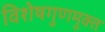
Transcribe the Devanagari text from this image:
विशेषगुणमुक्त